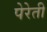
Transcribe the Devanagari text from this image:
पेरेती